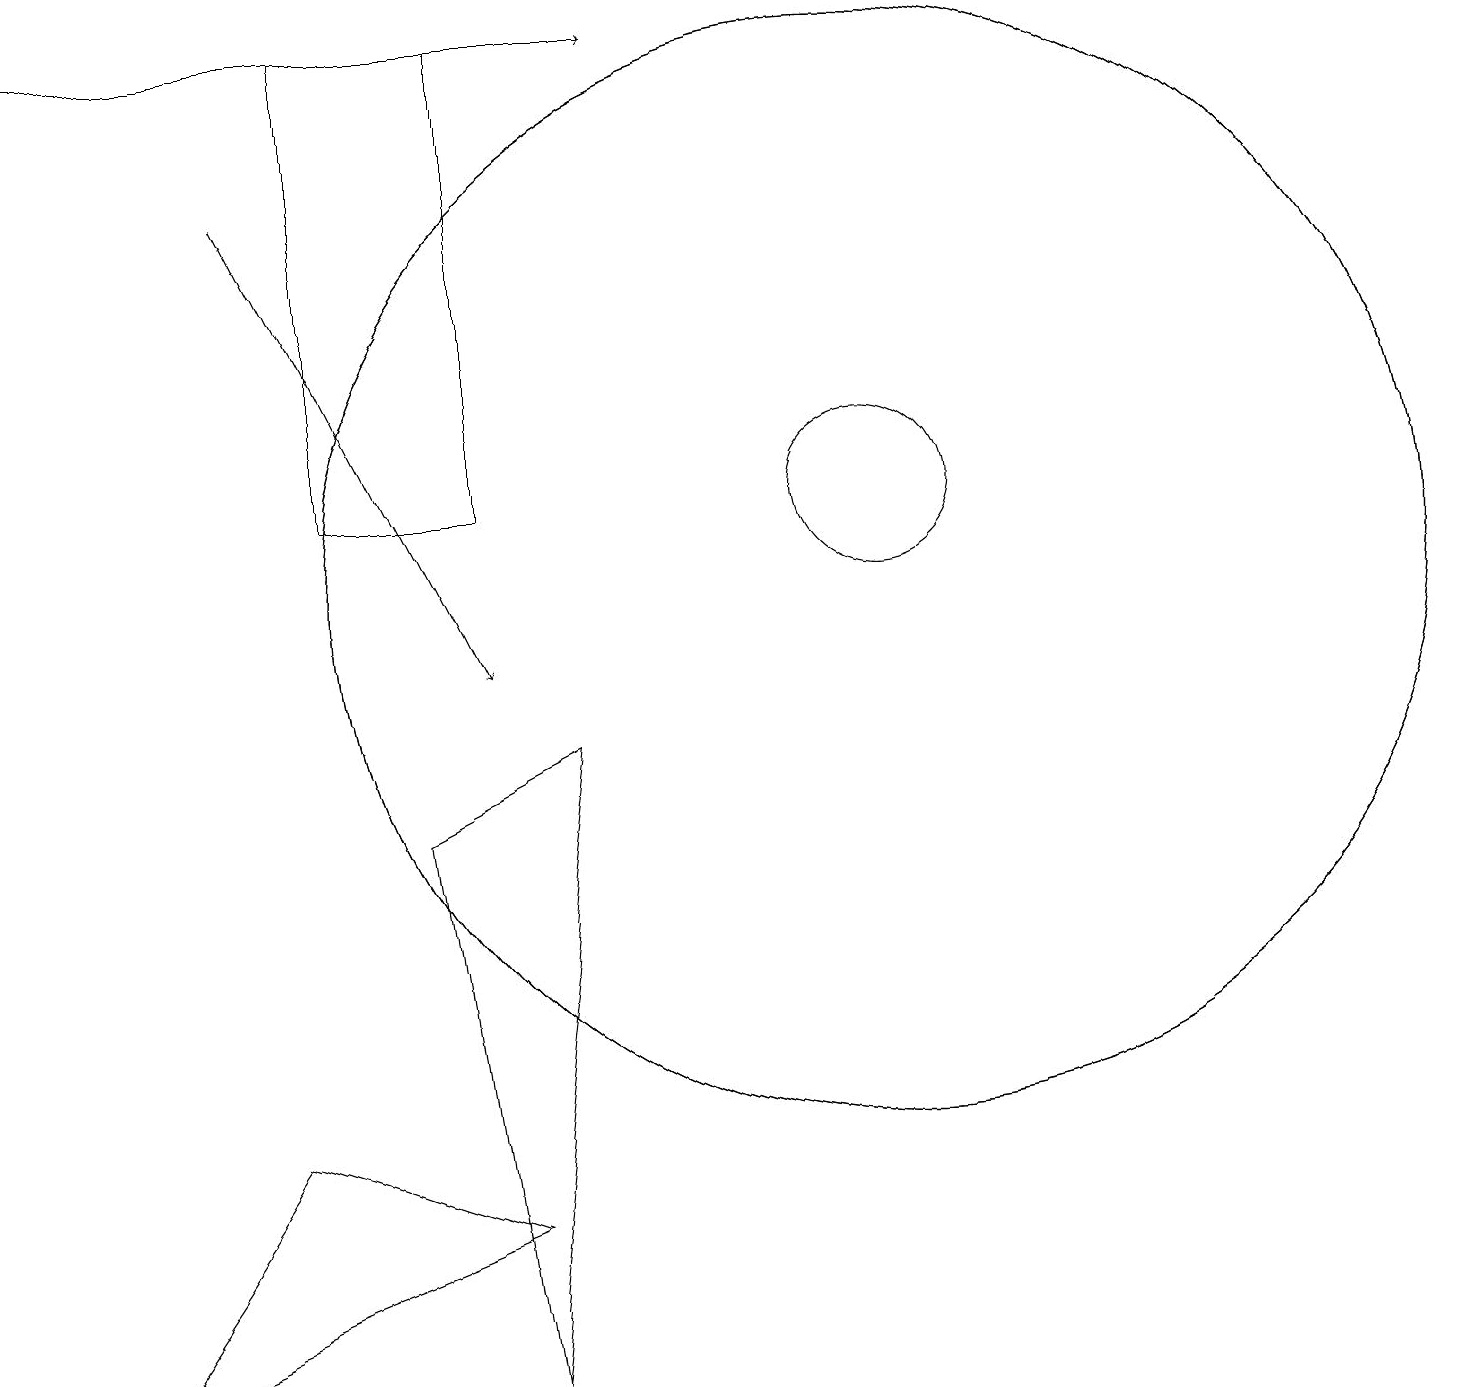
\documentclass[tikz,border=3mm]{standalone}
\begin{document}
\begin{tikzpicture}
\draw (11,12) circle (1);
\draw (4,12) rectangle (6,18);
\draw[->] (3,16) -- (6,10);
\draw (11,11) circle (7);
\draw (11,11) circle (7);
\draw (1,1) -- (6,3) -- (3,4) -- cycle;
\draw[->] (0,18) -- (8,18);
\draw (7,9) -- (5,8) -- (6,1) -- cycle;
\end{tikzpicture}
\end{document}